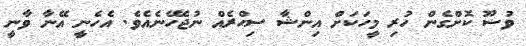
ވުޟޫ ކޮށްގެން ހުރި މީހަކަށް އިންޝާ ސިޙްރެއް ނުޖެހޭނެއެވެ. އެހެނީ އޭނާ ވާނީ